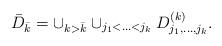
LaTeX: \begin{align*}\bar{D}_{\bar{k}}=\cup_{k>\bar{k}}\cup_{j_1<\ldots<j_k}D^{(k)}_{j_1,\ldots,j_k}.\end{align*}